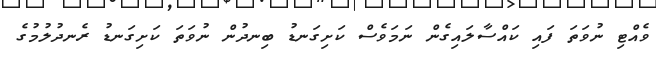
ވެއްޓި ނުވަތަ ފައި ކައްސާލައިގެން ނަމަވެސް ކަށިގަނޑު ބިނދުން ނުވަތަ ކަށިގަނޑު ރެނދުލުމުގެ